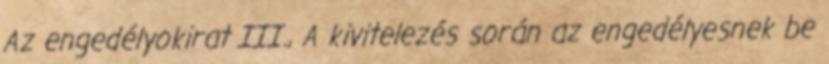
Az engedélyokirat III., A kivitelezés során az engedélyesnek be